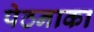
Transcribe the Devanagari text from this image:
पेठनाका